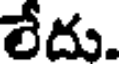
లేదు.